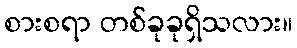
စားစရာ တစ်ခုခုရှိသလား။